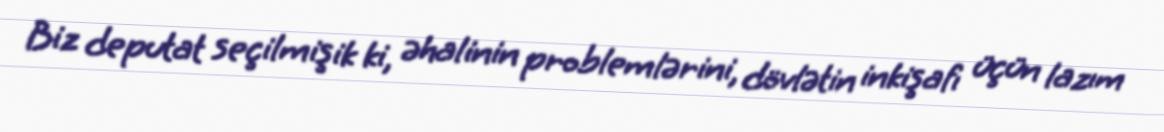
Biz deputat seçilmişik ki, əhalinin problemlərini, dövlətin inkişafı üçün lazım